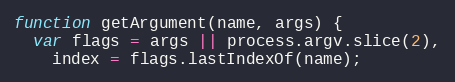
Language: JavaScript
function getArgument(name, args) {
  var flags = args || process.argv.slice(2),
    index = flags.lastIndexOf(name);